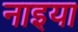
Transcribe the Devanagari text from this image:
नाइया